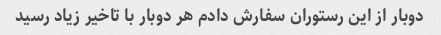
دوبار از این رستوران سفارش دادم هر دوبار با تاخیر زیاد رسید